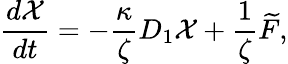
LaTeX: \frac{d\mathcal{X}}{dt}=-\frac{\kappa}{\zeta}D_{1}\mathcal{X}+\frac{1}{\zeta}\widetilde{F},